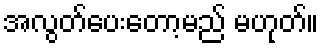
အလွတ်ပေးတော့မည် မဟုတ်။